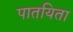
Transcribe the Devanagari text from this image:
पातयिता